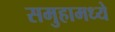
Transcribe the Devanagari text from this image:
समुहामध्ये